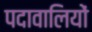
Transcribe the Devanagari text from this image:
पदावालियों